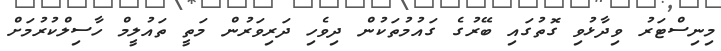
މިނިސްޓަރު ވިދާޅުވި ގޮތުގައި ބޭރުގެ ގައުމުތަކުން ދިވެހި ދަރިވަރުން މަތީ ތައުލީމް ހާސިލްކުރުމަށް